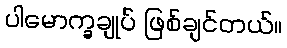
ပါမောက္ခချုပ် ဖြစ်ချင်တယ်။